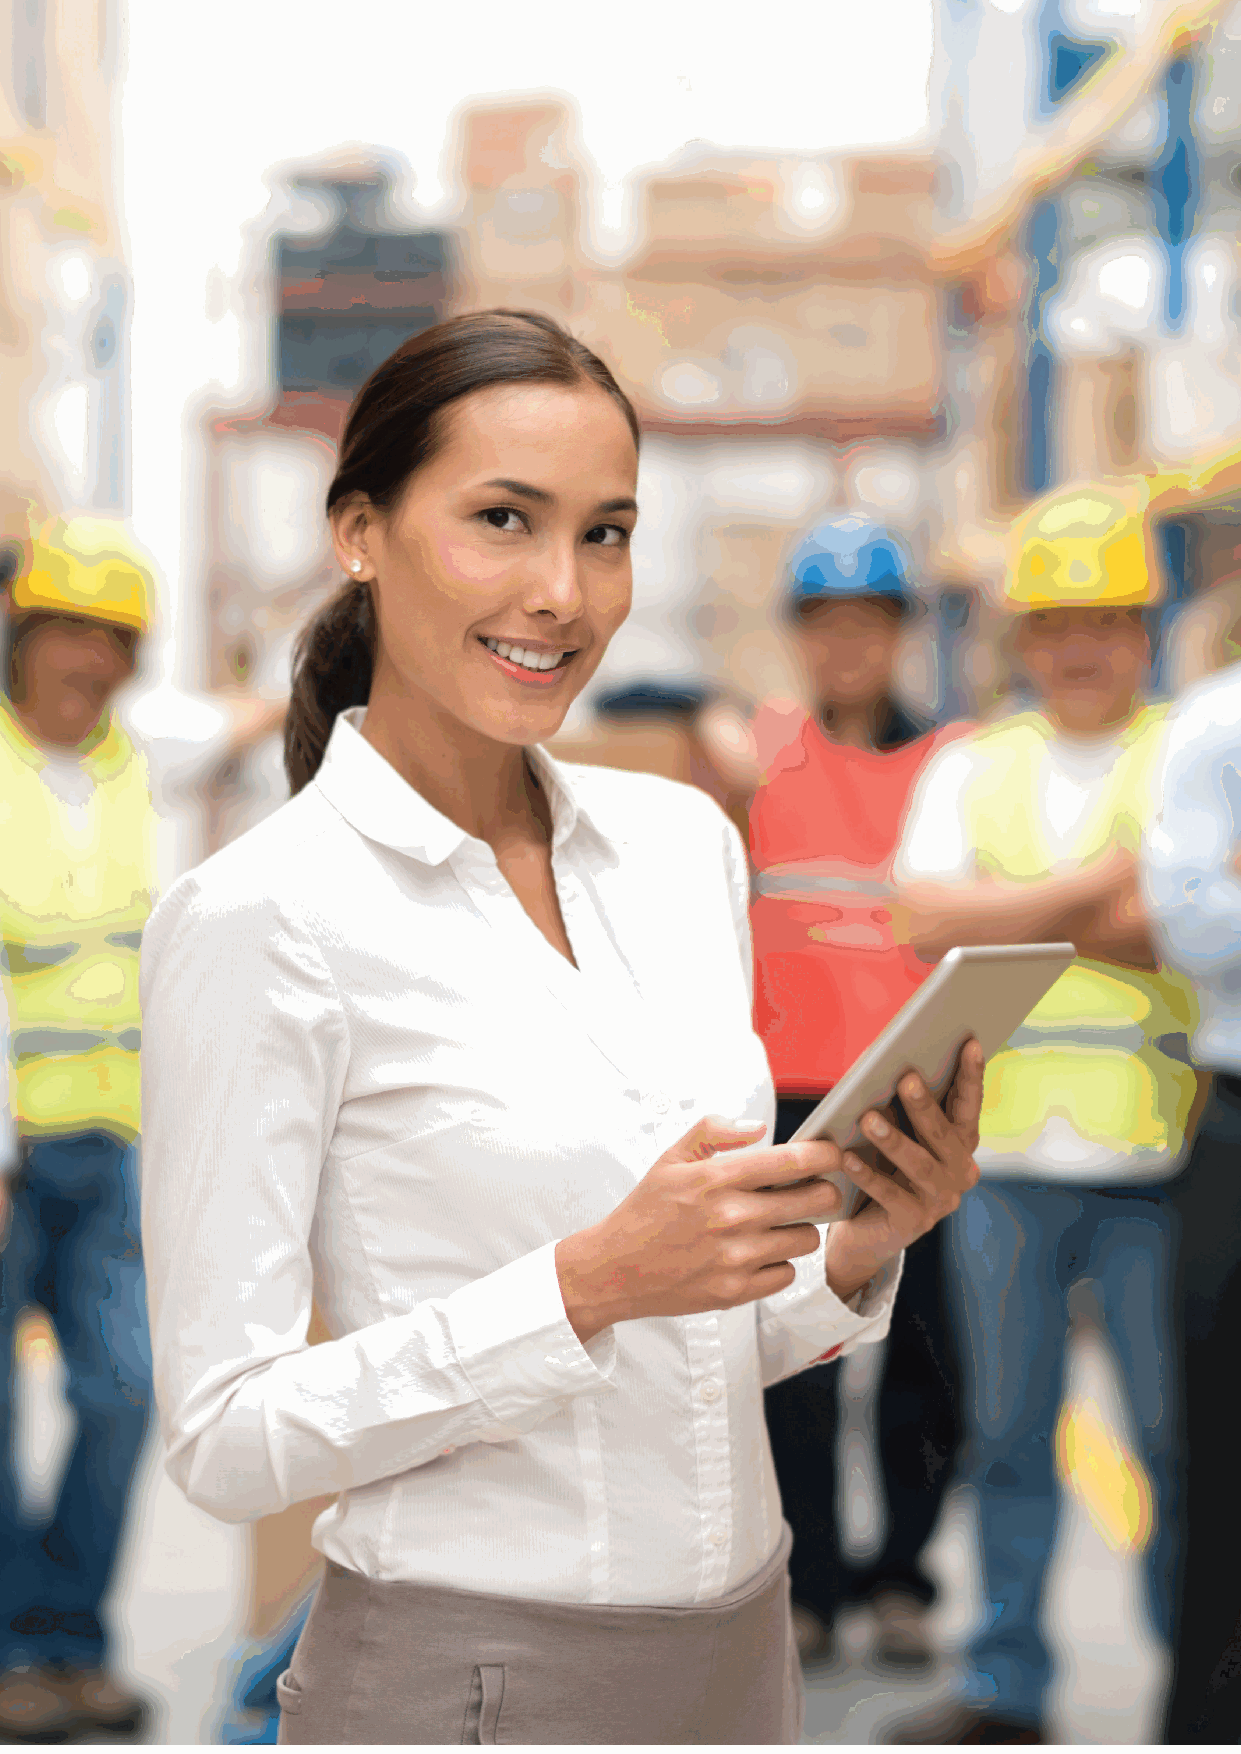
26                                                              F-27878-10